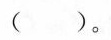
()。